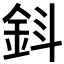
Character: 𨥪